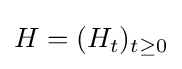
H=(H_{t})_{t\geq 0}